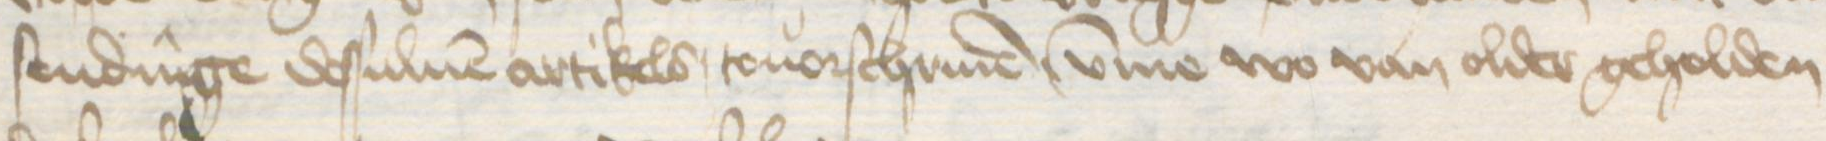
sendinge dessuluen artikels touorschriuen, umme wo van older geholden